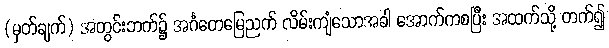
(မှတ်ချက်) အတွင်းဘက်၌ အင်္ဂတေမြေညက် လိမ်းကျံသောအခါ အောက်ကစပြီး အထက်သို့ တက်၍